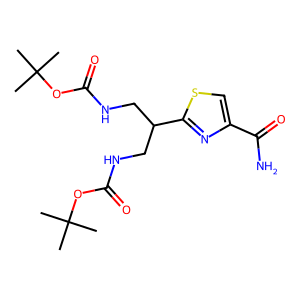
SMILES: CC(C)(C)OC(=O)NCC(CNC(=O)OC(C)(C)C)c1nc(C(N)=O)cs1
Inhibits HIV replication: No